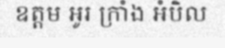
ឧត្តម អូរ ក្រាំង អំបិល